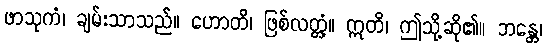
ဖာသုကံ၊ ချမ်းသာသည်။ ဟောတိ၊ ဖြစ်လတ္တံ့။ ဣတိ၊ ဤသို့ဆို၏။ ဘန္တေ၊